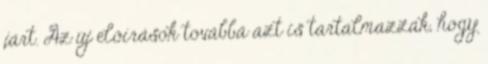
járt. Az új előírások továbbá azt is tartalmazzák, hogy